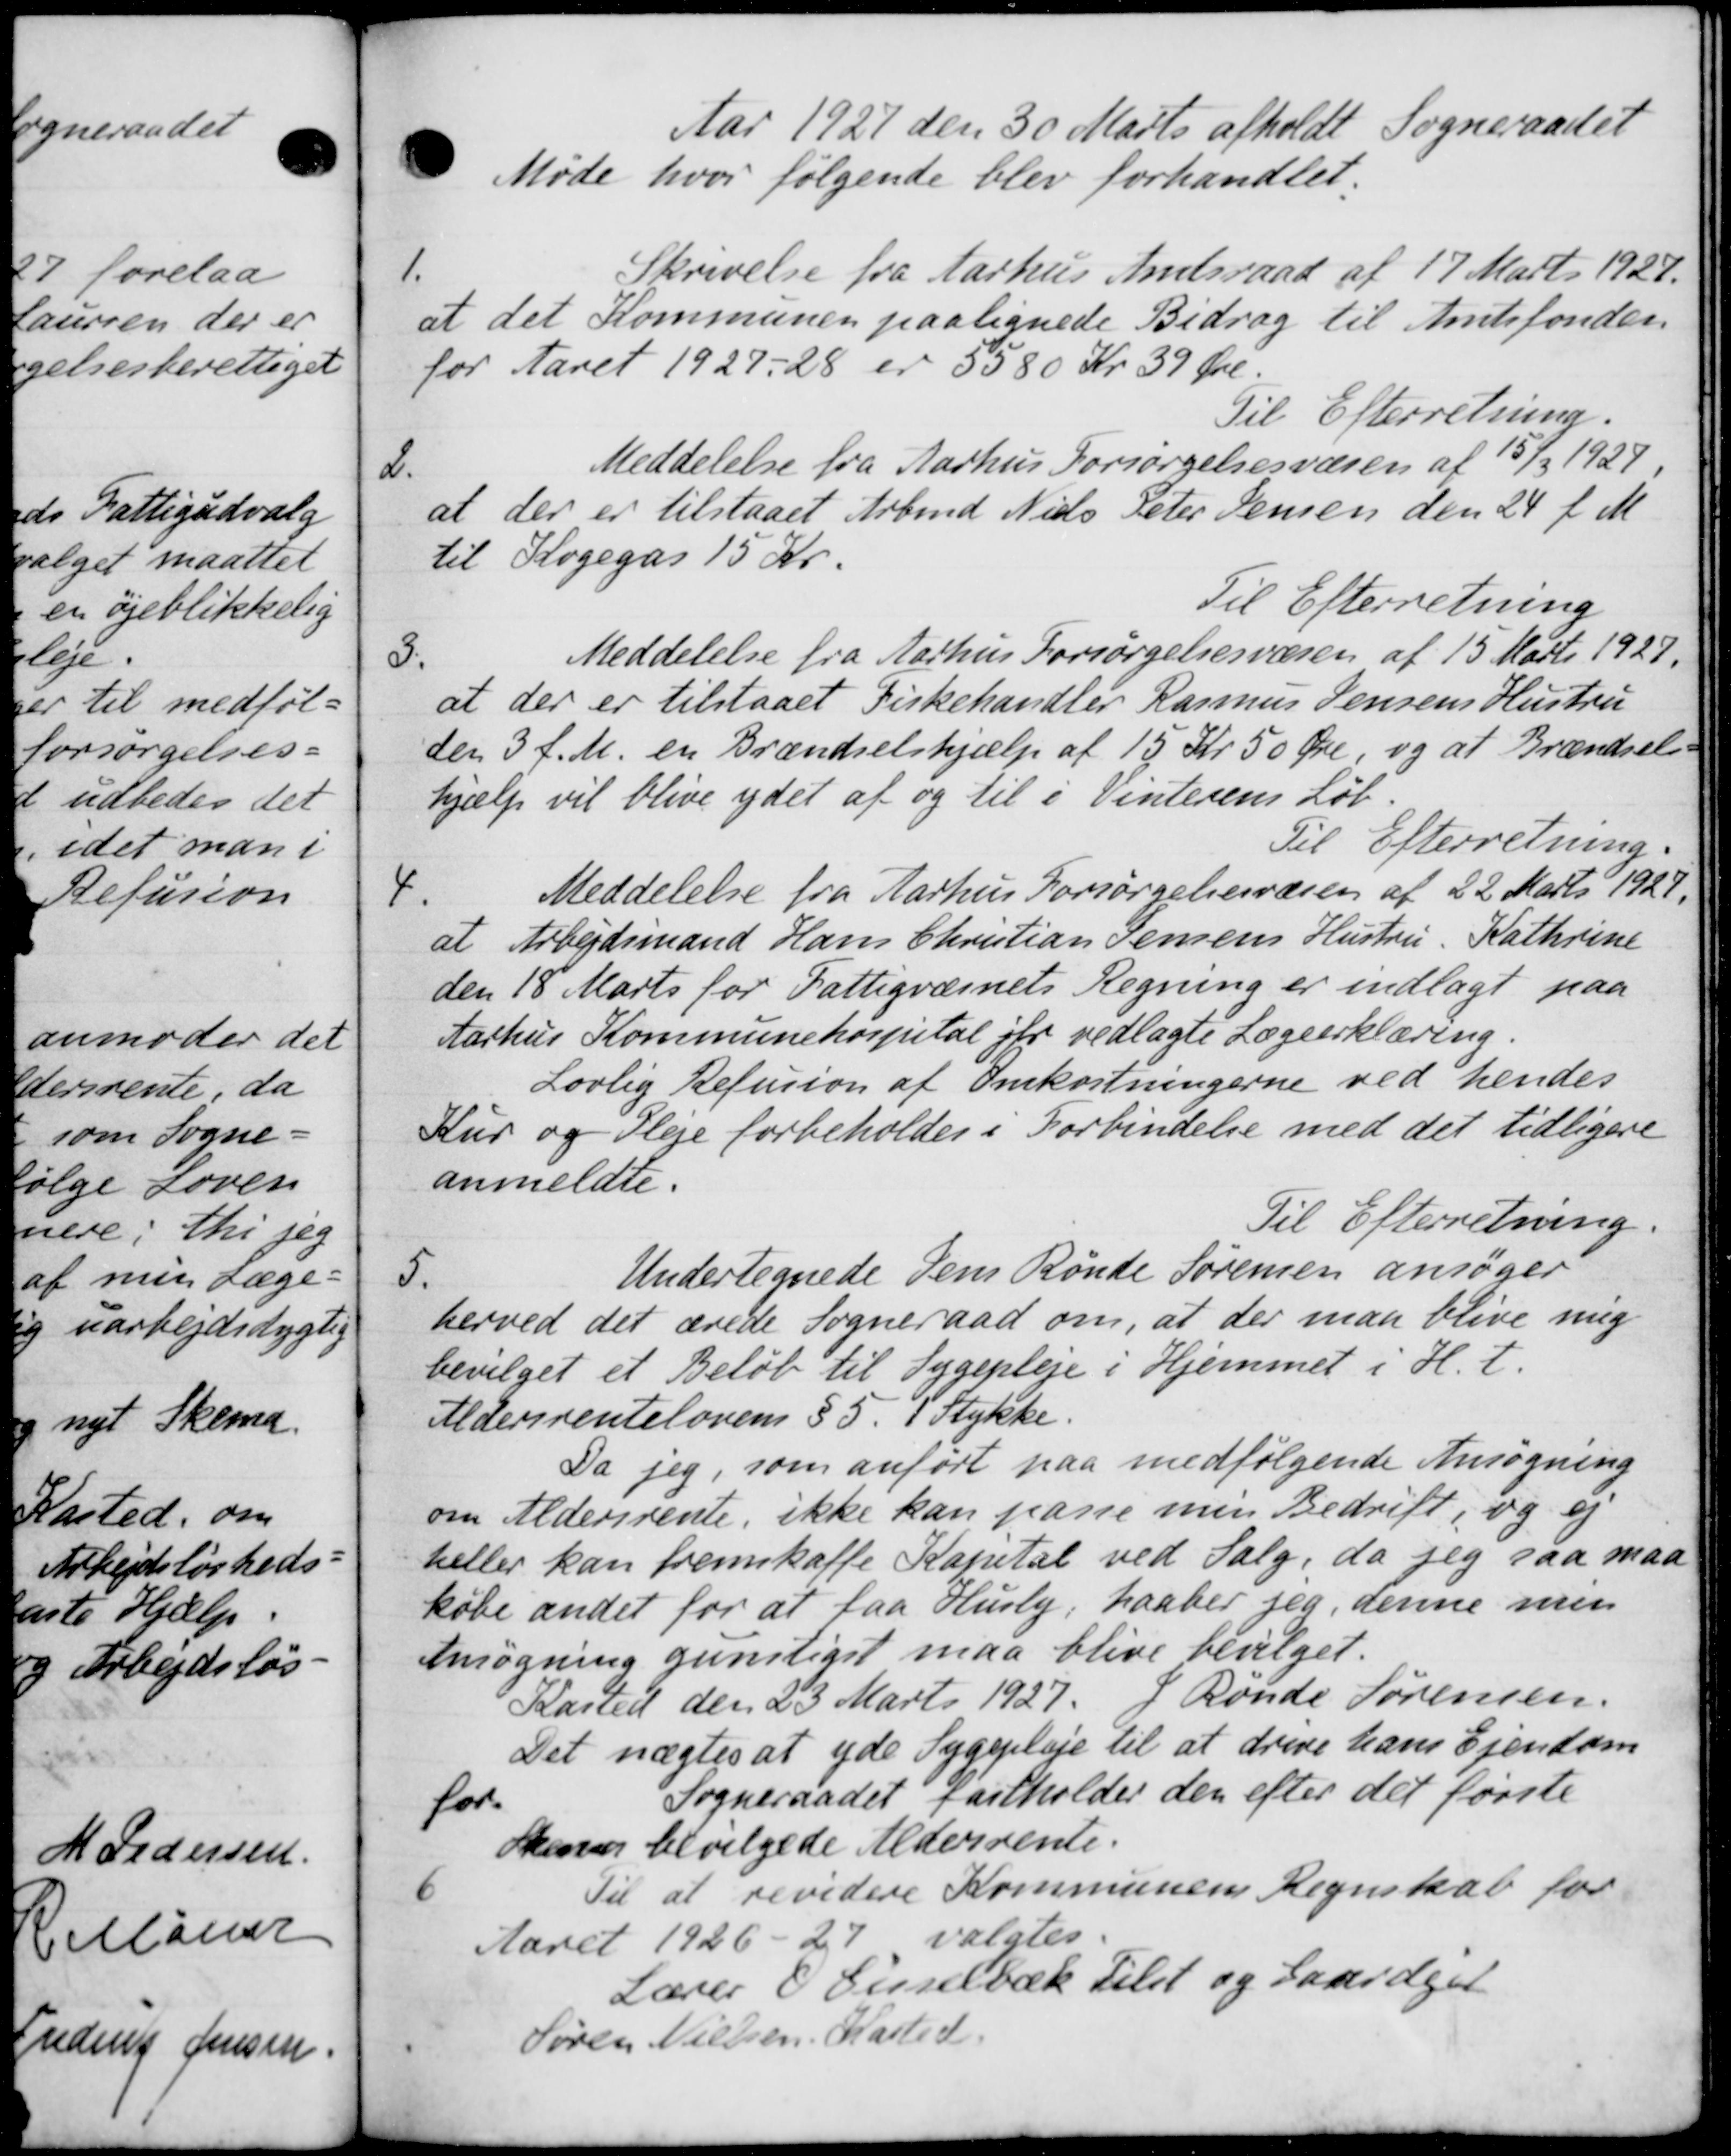
Transskription:
Aar 1927 den 30 Marts afholdt Sogneraadet
Møde hvor følgende blev forhandlet.
1.
Skrivelse fra Aarhus Amtsraad af 17 Marts 1929.
at det Kommunen paalignede Bidrag til Amtsfonden
for Aaret 1927-28 er 5580 Kr 39 Øre.
Til Efterretning.
Meddelelse fra Aarhus Forsørgelsesvæsen af 15/3 1927
2.
at der er tilstaaet Arbmd Niels Peter Jensen den 24 f. M.
til Kogegas 15 Kr.
Til Efterretning
3.
Meddelelse fra Aarhus Forsørgelsesvæsen af 15 Marts 1927.
at der er tilstaaet Fiskehandler Rasmus Jensens Hustru
den 3 f. M. en Brændselshjælp af 15 Kr. 50 Øre, og at Brændsels
hjælp vil blive ydet af og til i Vinterens Løb
Til Efterretning.
4.
Meddelelse fra Aarhus Forsørgelsesvæsen af 22 Marts 1927.
at Arbejdsmand Hans Christian Jensens Hustru, Kathrine
den 18 Marts for Fattigvæsnets Regning er indlagt paa
Aarhus Kommunehospital er vedlagte Lægeerklæring.
Lovlig Refusion af Omkostningerne ved hendes
Kur og Pleje forbeholdes i Forbindelse med det tidligere
anmeldte.
Til Efterretning.
5.
Undertegnede Jens Rønde Sørensen ansøger
herved det ærede Sogneraad om, at der maa blive meg
bevilget et Beløb til Sygepleje i Hjemmet i H. t.
Aldersrentelovens § 5. i Stykke.
Da jeg, som anført paa medfølgende Ansøgning
om Aldersrente, ikke kan passe min Bedrift, og ej
heller kan fremskaffe Kapital ved Salg, da jeg saa maa
købe andet for at faa Husly, haaber jeg, denne men
Ansøgning gunstiget maa blive bevilget.
Kasted den 23 Marts 1927. J. Ronde Sørensen.
Det nægtes at yde Sygepleje til at dreve hans Ejendom
for
Sogneraadet fastholder den efter det første
Skone bevilgede Aldersrente.
6
Til at revidere Kommunens Regnskab for
Aaret 1926-27 valgtes
Lærer O. Gisselbæk tilst og Laandgjer
Søren Nielsen, Kasted.